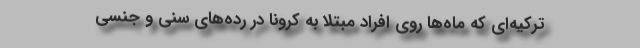
ترکیه‌ای که ماه‌ها روی افراد مبتلا به کرونا در رده‌های سنی و جنسی